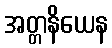
အတ္တနိယေန